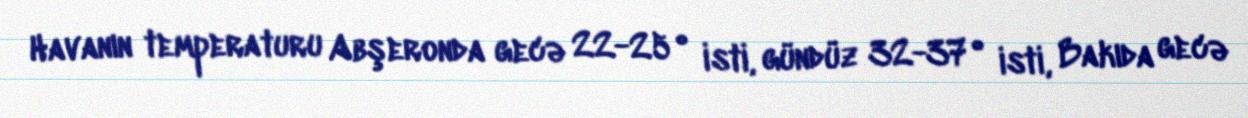
Havanın temperaturu Abşeronda gecə 22-25° isti, gündüz 32-37° isti, Bakıda gecə